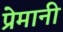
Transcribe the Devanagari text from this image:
प्रेमानी